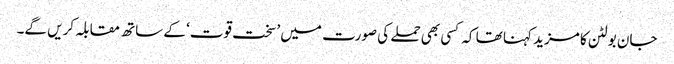
جان بولٹن کا مزید کہنا تھا کہ کسی بھی حملے کی صورت میں ’سخت قوت‘ کے ساتھ مقابلہ کریں گے۔